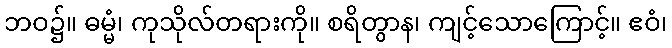
ဘဝ၌။ ဓမ္မံ၊ ကုသိုလ်တရားကို။ စရိတွာန၊ ကျင့်သောကြောင့်။ ဧဝံ၊